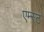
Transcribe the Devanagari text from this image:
एम्स्ट